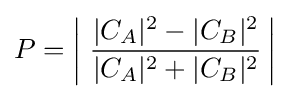
P=\left|\;{\frac {|C_{A}|^{2}-|C_{B}|^{2}}{|C_{A}|^{2}+|C_{B}|^{2}}}\,\right|